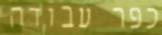
כפר עבודה